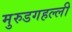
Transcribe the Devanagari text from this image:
मुरुडगहल्ली